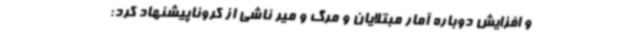
و افزایش دوباره آمار مبتلایان و مرگ و میر ناشی از کروناپیشنهاد کرد: